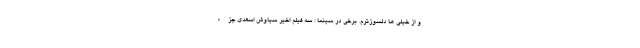
و از خیلی ها دلسوزترم. برخی در سینما : سه فیلم اخیر سیاوش اسعدی جزء